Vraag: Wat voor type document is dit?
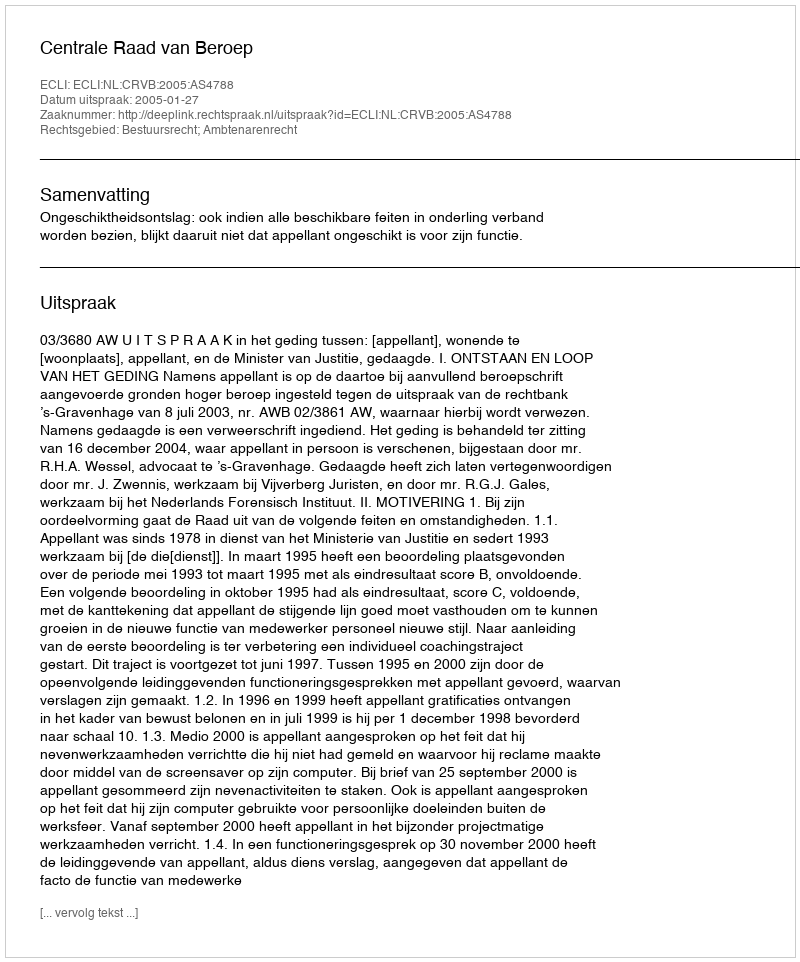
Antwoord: Uitspraak